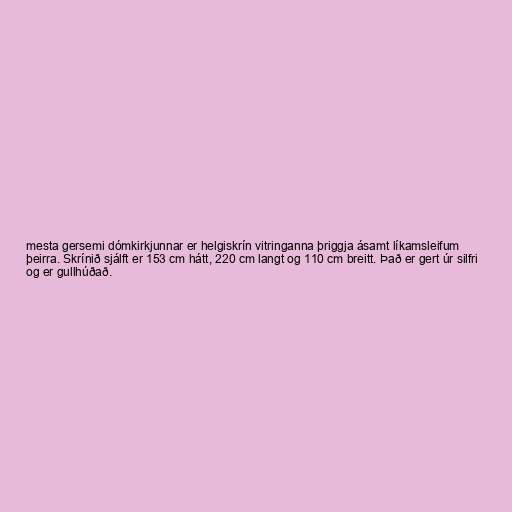
mesta gersemi dómkirkjunnar er helgiskrín vitringanna þriggja ásamt líkamsleifum
þeirra. Skrínið sjálft er 153 cm hátt, 220 cm langt og 110 cm breitt. Það er gert úr silfri
og er gullhúðað.